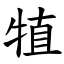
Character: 犆